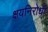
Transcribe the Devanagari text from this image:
क्षयनिरोधी